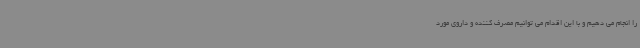
را انجام می دهیم و با این اقدام می توانیم مصرف کننده و داروی مورد